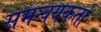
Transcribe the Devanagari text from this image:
समन्वयकर्ता